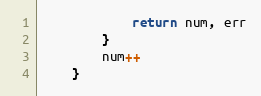
Language: Go
			return num, err
		}
		num++
	}